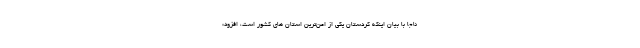
ناجا با بیان اینکه کردستان یکی از امن‌ترین استان های کشور است، افزود: